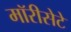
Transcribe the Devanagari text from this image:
मॉरीसेटे